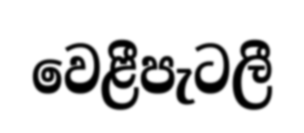
වෙළීපැටලී